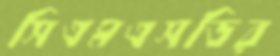
সিএমএসডির